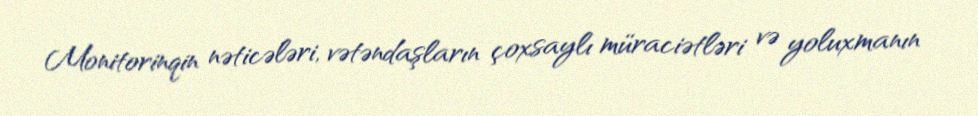
Monitorinqin nəticələri, vətəndaşların çoxsaylı müraciətləri və yoluxmanın